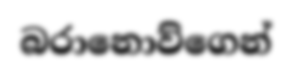
බරානොව්ගෙන්